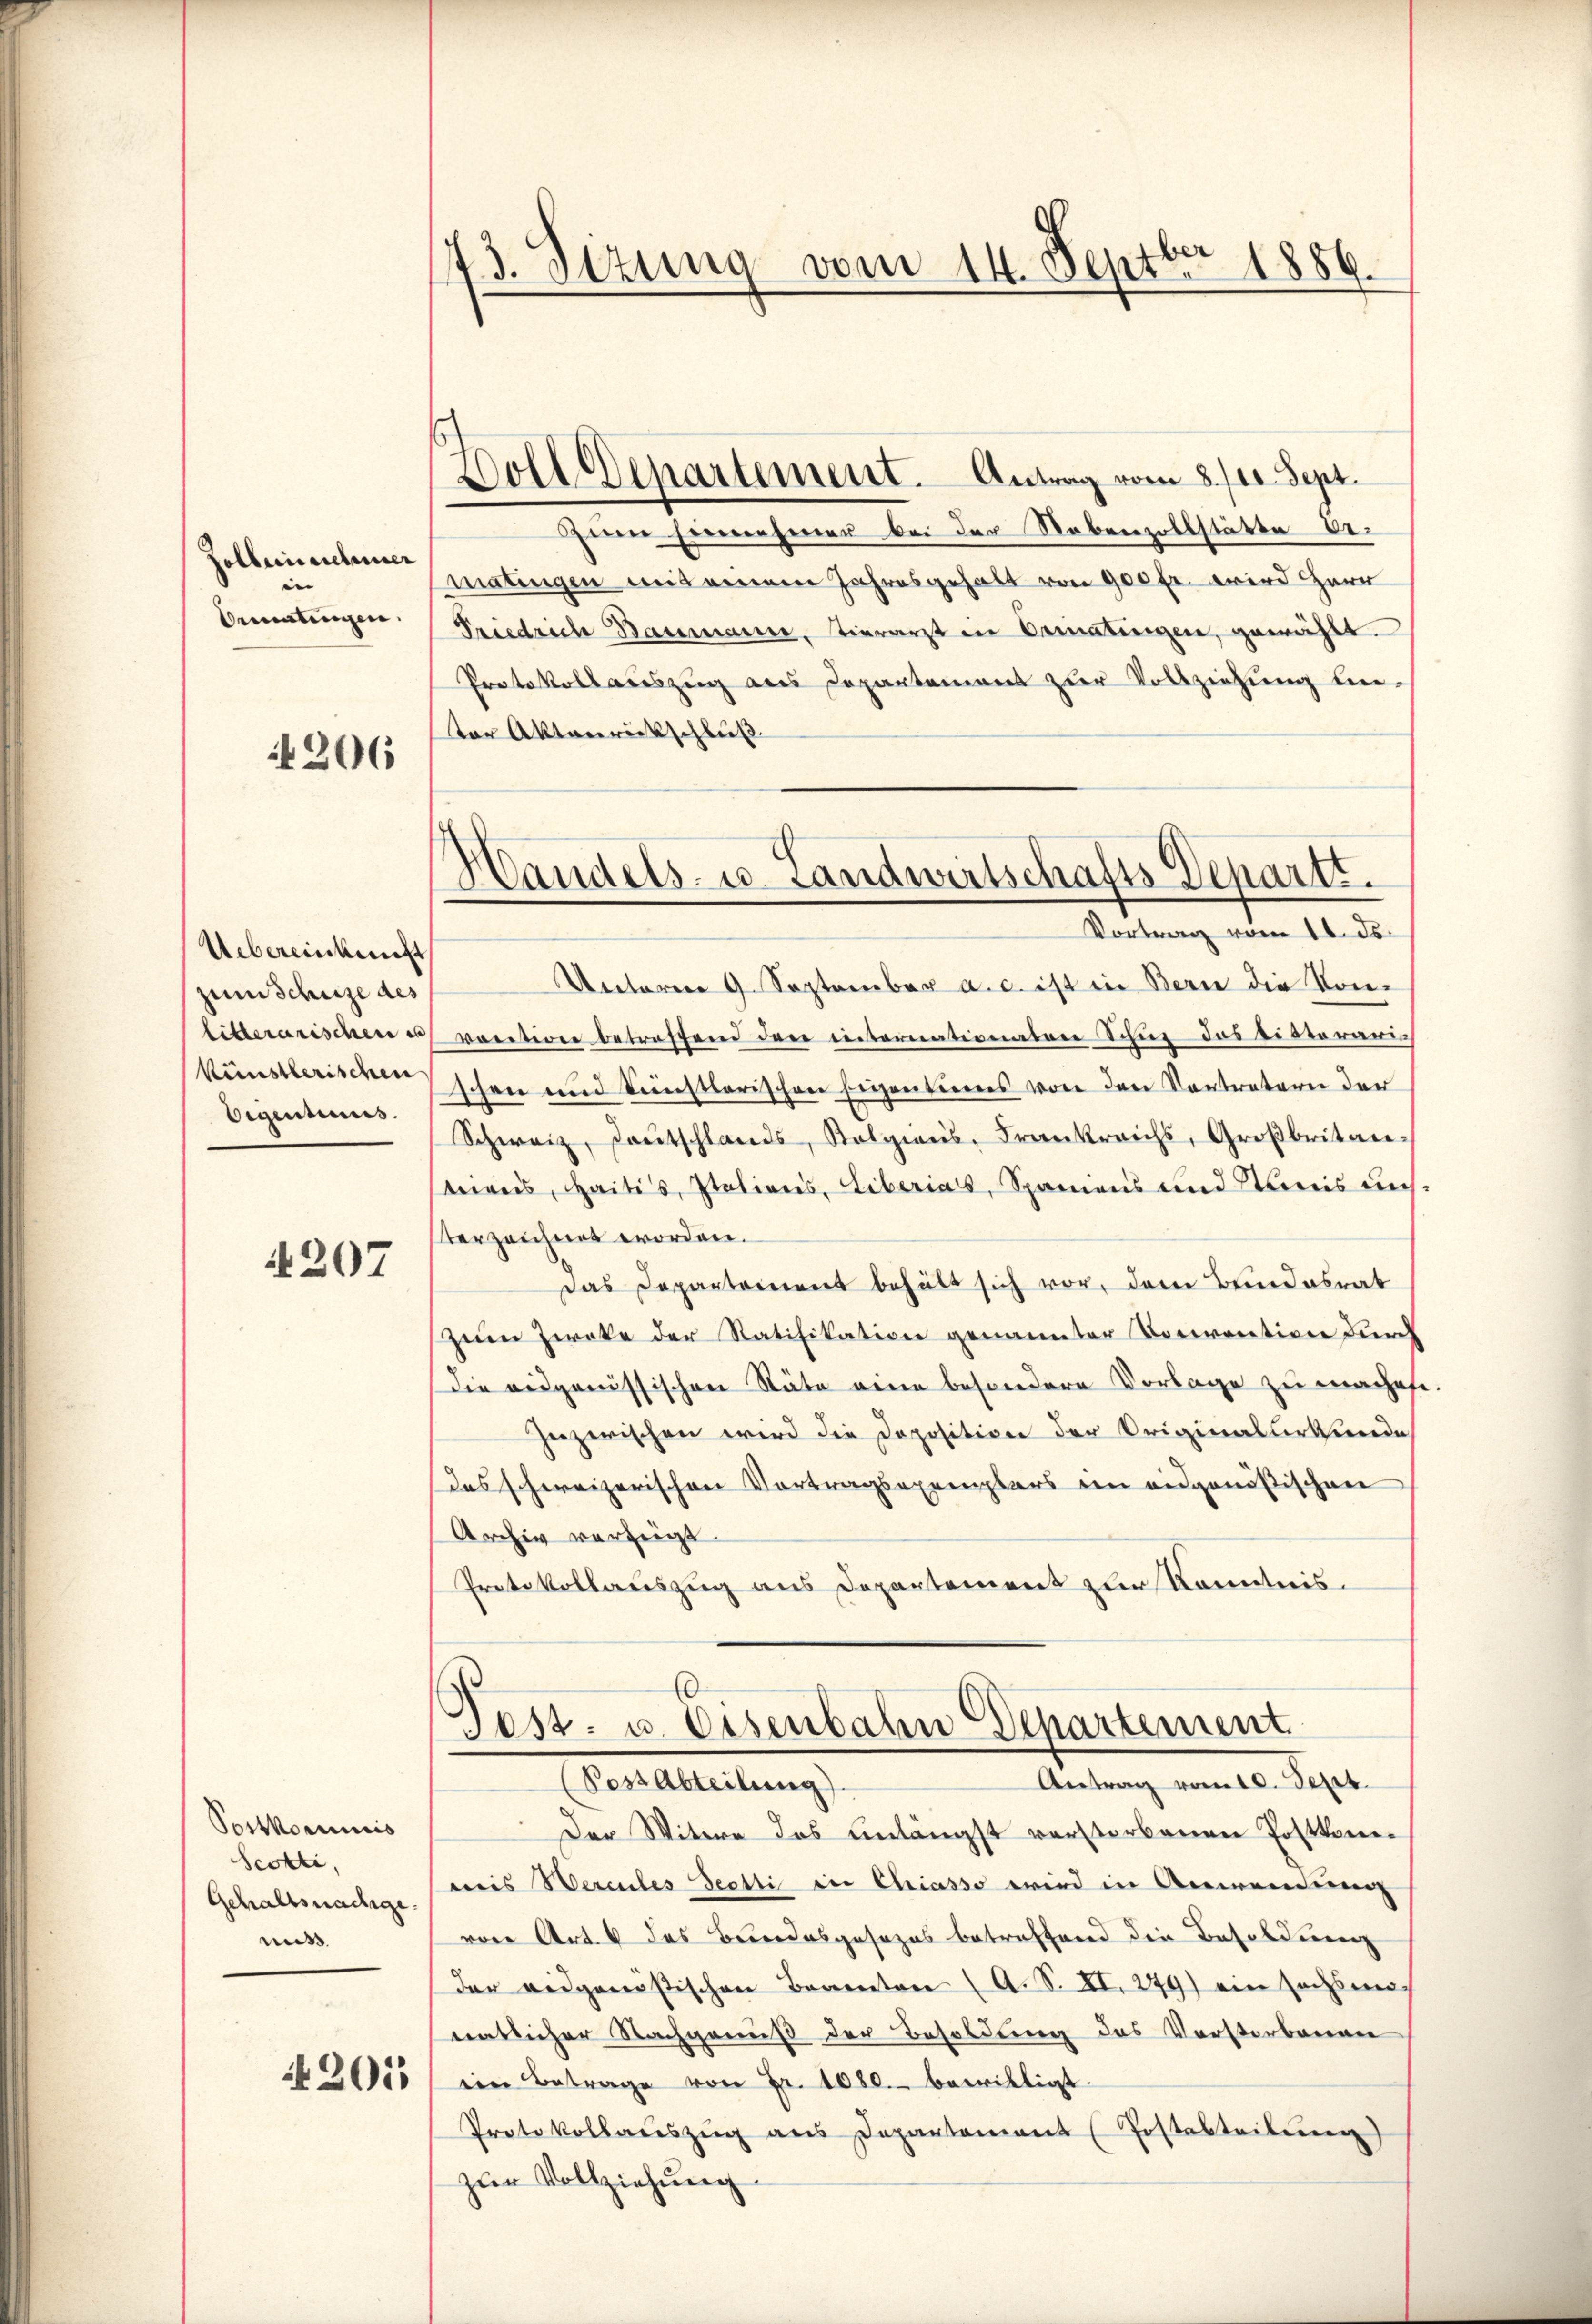
Folbeinschmer
e
Oeratungen.

4206

Uebereinkunft
zum Schutze des
litterarischen in |
künstlerischen
Eigentums.

4207

Postkommis
Scotti,
Gehaltsnachge
mit

4201

73. Sizung vom 14. Septbr 1886.

Doll Departement. Antrag vom 8./11. Sept.

Handels- u. Landwirtschafts-Departt.
Vortrag vom 16. ds.

em Einnehmer bei der Nebenzollstätte bematingen mit einem Jahresgehabt von 900 fr. wird Herr
Priedrich Baumann, tierarzt in Bematingen, gewählt.
Protokoll auszug aus Departement zur Vollziehung un-
ter Aktenrückschluß
Unteren 9. September a. c. ist in Bern die Kon-
voction betreffend den internationaten Schur das vivierarig
schon und dünstlerischen Eigentumes von den Kontratern der
Schweiz, Lautschlands, Kolgians, Frankreichs, Großbritanteres, Saites Stations, Liberial, Spaniens und Stanis uns.
terzeichnet worden.
das Departement behält sich vor, dem Bundesrat
Zum Zweke der Ratifikation genannter Corrention durch
Die eidgenössischen Stäte eine besondere Vorlage zu machete.
Inzwischen wird die Doposition der Originalurkunde
Das schweizerischen Vortragsexemplars ein eidgenößischen
Archiv vorzeigt.
Protokollauszug aus Departement zur Kenntnis.

d
Post- u. Eisenbahn Departement
Antrag vom 10. Sept.
Pestatteilung

Der Witwe das unlängst verstorbenen Postkonewis Wercules Seetti in Chiasso wird in Anwendung
von Art. 4 des Bundesgesezes betreffend die Besoldung
der eidgenössischen Beamten (A. S. XI. 279) ein sechsmonatlicher Nachgenuß der Besoldung des Verstorbenen
ein Betrage von Fr. 1080. bewilligt.
Protokollaŭszŭg ans Departement (Postabteileren)
zŭr Vollziehung